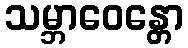
သမ္ဘာဝေန္တော